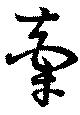
牽